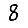
Digit: 8